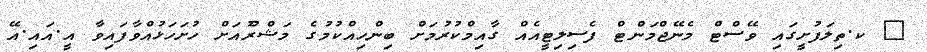
_ ކ.ތިލަފުށީގައި ވޭސްޓް މެނޭޖްމަންޓް ފެސިލިޓީއެއް ގާއިމްކުރުމަށް ބިންހިއްކުމުގެ މަޝްރޫެއަށް ހުށަހަޅުއްވާފައިވާ އީ.އައި.އޭ